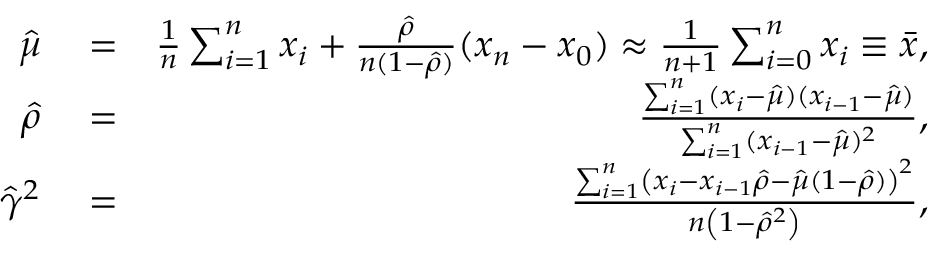
\begin{array} { r l r } { \hat { \mu } } & { { } = } & { \frac { 1 } { n } \sum _ { i = 1 } ^ { n } x _ { i } + \frac { \hat { \rho } } { n ( 1 - \hat { \rho } ) } ( x _ { n } - x _ { 0 } ) \approx \frac { 1 } { n + 1 } \sum _ { i = 0 } ^ { n } x _ { i } \equiv \bar { x } , } \\ { \hat { \rho } } & { { } = } & { \frac { \sum _ { i = 1 } ^ { n } ( x _ { i } - \hat { \mu } ) ( x _ { i - 1 } - \hat { \mu } ) } { \sum _ { i = 1 } ^ { n } ( x _ { i - 1 } - \hat { \mu } ) ^ { 2 } } , } \\ { \hat { \gamma } ^ { 2 } } & { { } = } & { \frac { { \sum _ { i = 1 } ^ { n } \left( x _ { i } - x _ { i - 1 } \hat { \rho } - \hat { \mu } ( 1 - \hat { \rho } ) \right) ^ { 2 } } } { { n \left( 1 - \hat { \rho } ^ { 2 } \right) } } , } \end{array}